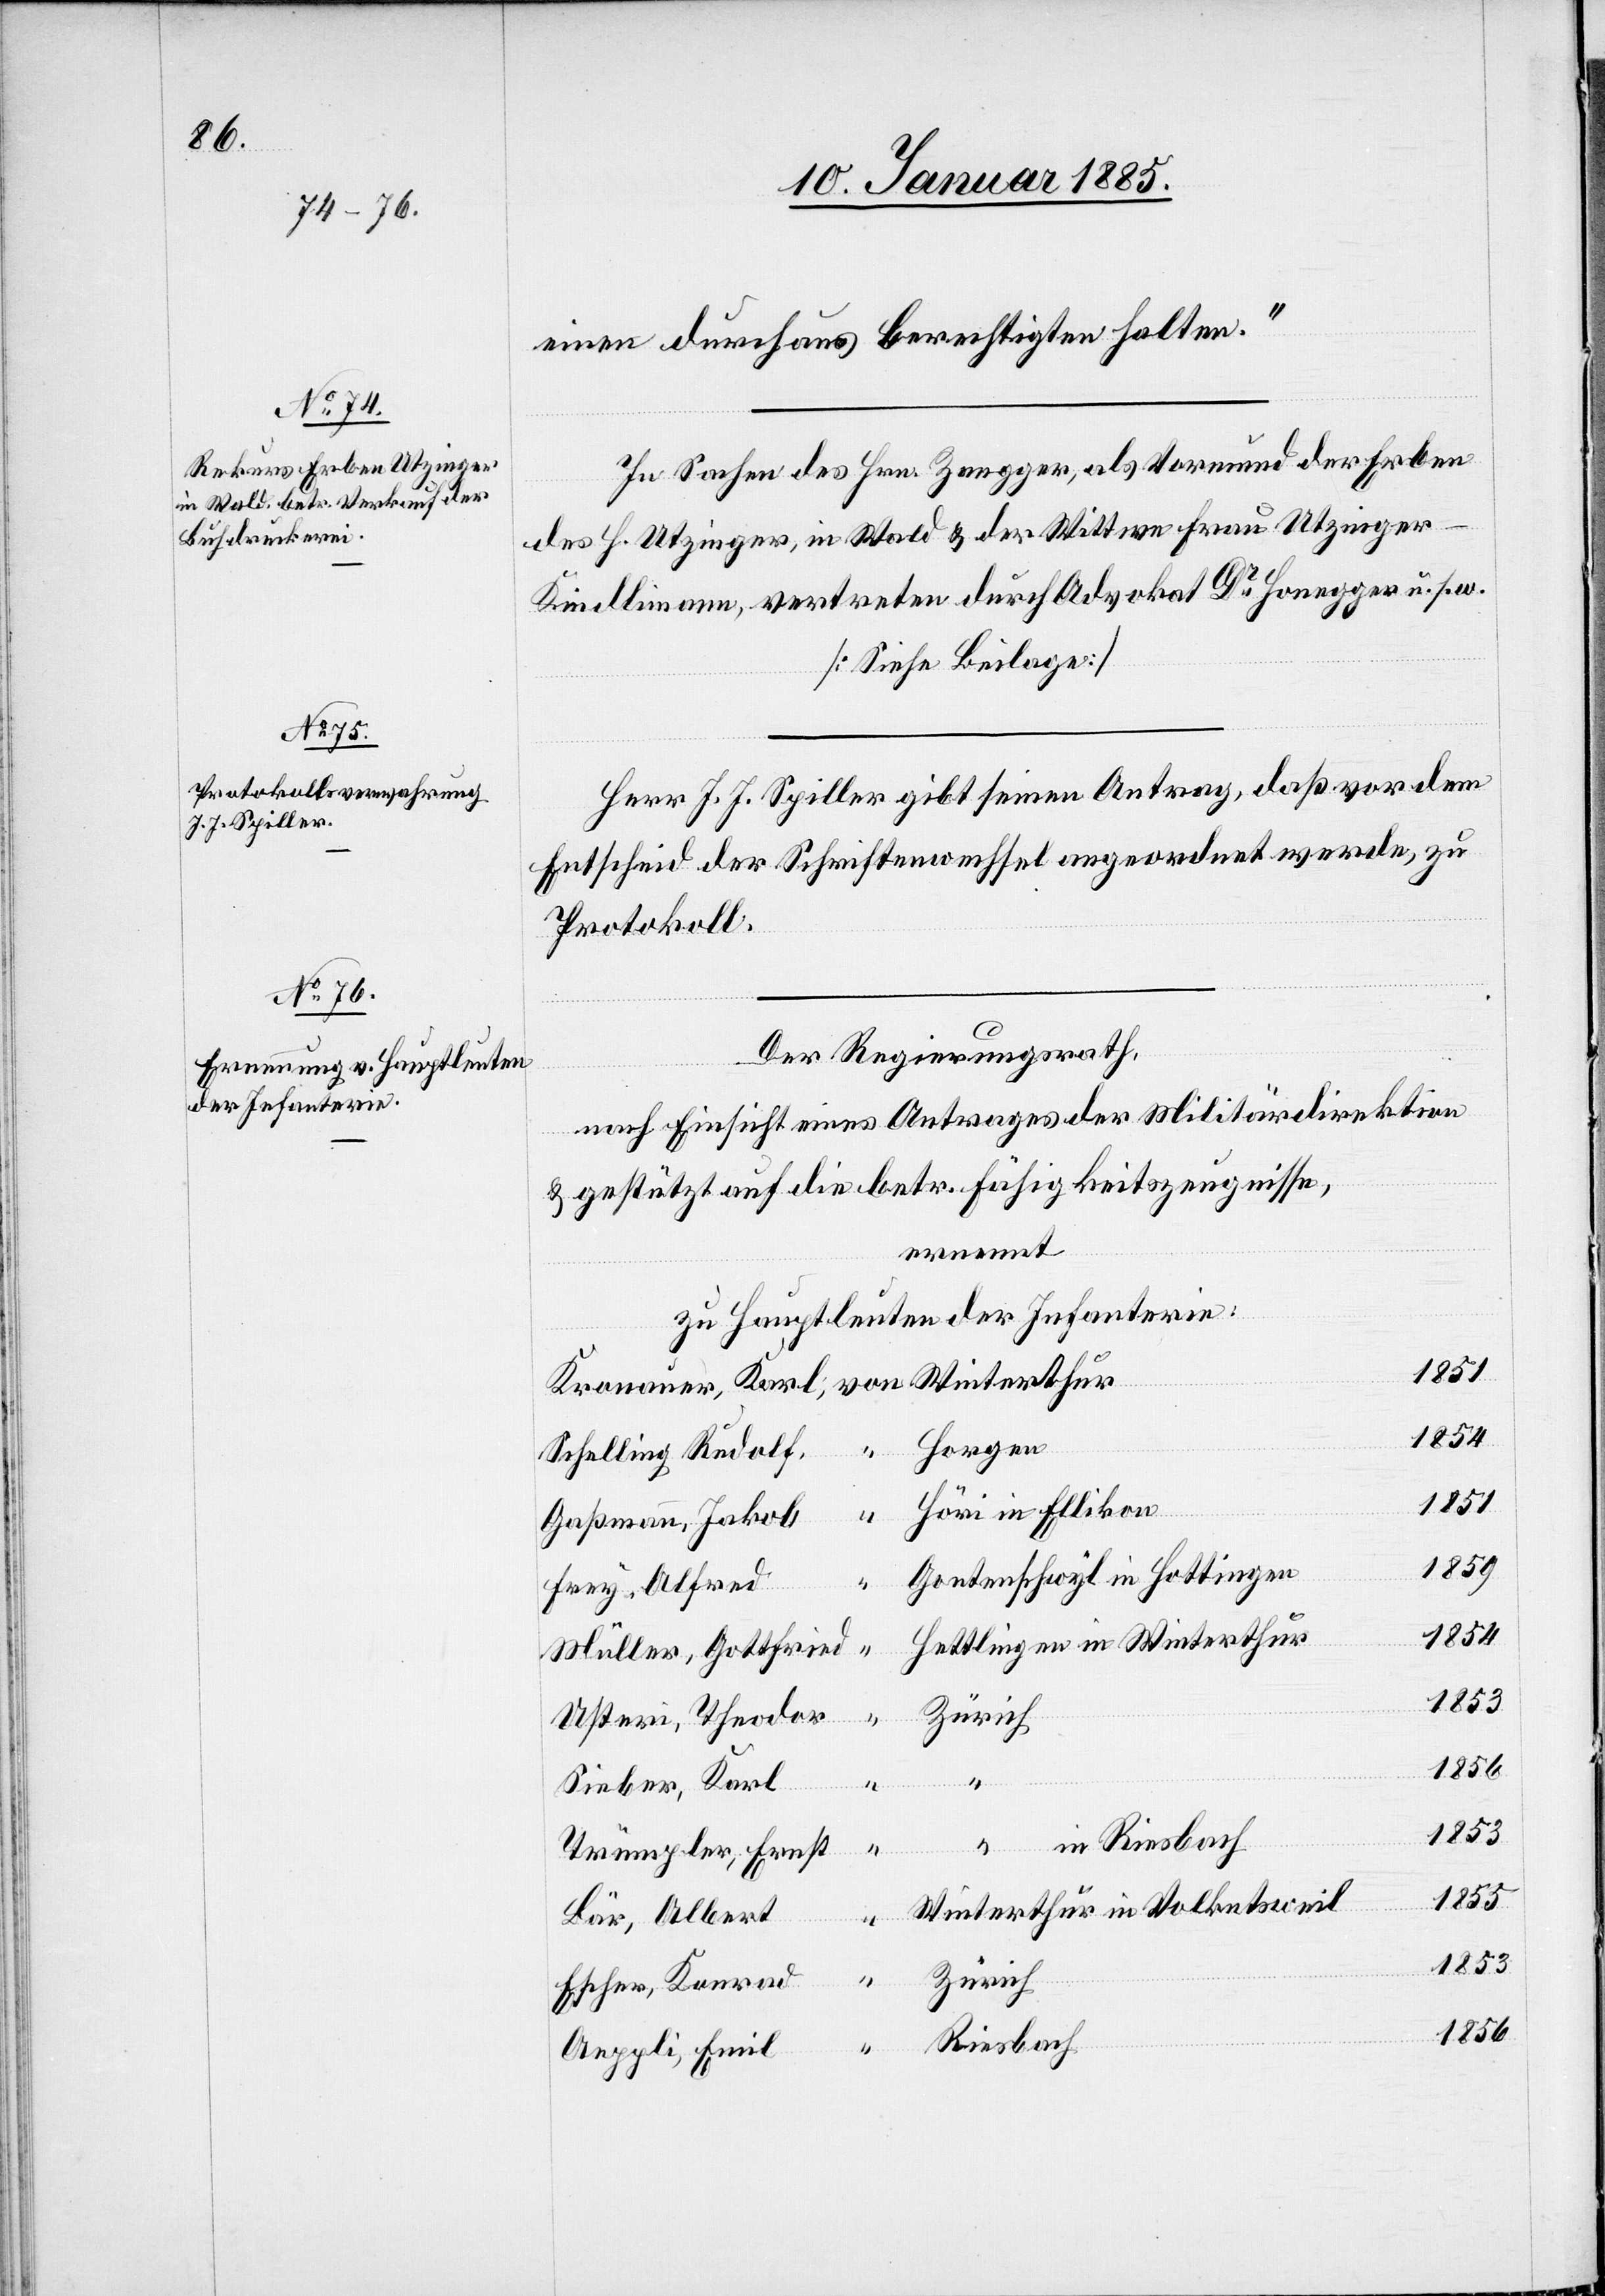
einen durchaus berechtigten halten.“
Herr J. J. Spiller gibt seinen Antrag, daß vor dem
Entscheid der Schriftenwechsel angeordnet werde, zu
Protokoll.
Der Regierungsrath,
nach Einsicht eines Antrages der Militärdirektion
& gestützt auf die betr. Fähigkeitszeugnisse,
ernennt
zu Hauptleuten der Infanterie:
Aeppli,
1851
Höri in Ellikon
Gaßmann, Jakob
1859
Gontenschwyl in Hottingen
bach
Frey, Alfred
1854
Hettlingen in Winterthur
Müller, Gottfried
Zürich
Usteri, Theodor
Winterthur
Sieber, Karl
“ in Riesbach
in Volketsweil
Trümpler, Ernst
1855
1853
1856